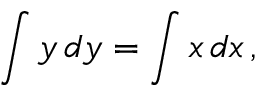
\int y \, d y = \int x \, d x \, ,